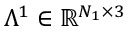
\mathbb { \Lambda } ^ { 1 } \in \mathbb { R } ^ { N _ { 1 } \times 3 }